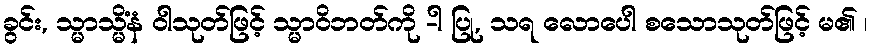
ခွင်း, သ္မာသ္မိံနံ ဝါသုတ်ဖြင့် သ္မာဝိဘတ်ကို -ါ ပြု, သရ လောပေါ စသောသုတ်ဖြင့် မ၏ ၊